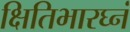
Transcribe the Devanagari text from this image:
क्षितिभारघ्नं